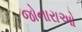
જોનારાઓ